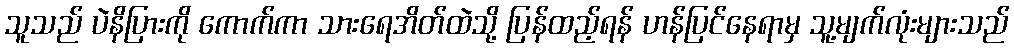
သူသည် ပဲနိပြားကို ကောက်ကာ သားရေအိတ်ထဲသို့ ပြန်ထည့်ရန် ဟန်ပြင်နေရာမှ သူ့မျက်လုံးများသည်